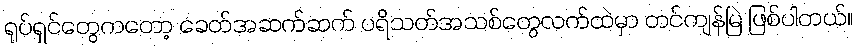
ရုပ်ရှင်တွေကတော့ ခေတ်အဆက်ဆက် ပရိသတ်အသစ်တွေလက်ထဲမှာ တင်ကျန်မြဲ ဖြစ်ပါတယ်။